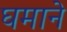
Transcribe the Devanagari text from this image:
घमाने